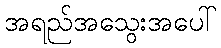
အရည်အသွေးအပေါ်